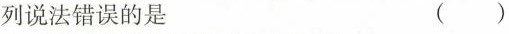
列说法错误的是 ( )